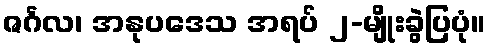
ဇင်္ဂလ၊ အနုပဒေသ အရပ် ၂-မျိုးခွဲပြပုံ။